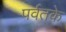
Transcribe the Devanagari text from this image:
पर्वतके